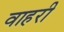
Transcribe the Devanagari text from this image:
वाहरी